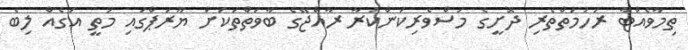
ތިމާވެއްޓާ ރަހުމަތްތެރި ދޮށީގެ މަސްވެރިކަންކުރާ ރާއްޖޭގެ ބާވަތްތަކަށް ޔޫރަޕްގައި މަތީ އަގެއް ލިބެ